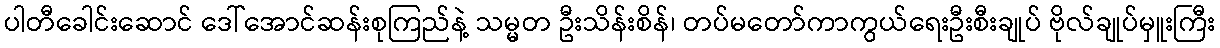
ပါတီခေါင်းဆောင် ဒေါ်အောင်ဆန်းစုကြည်နဲ့ သမ္မတ ဦးသိန်းစိန်၊ တပ်မတော်ကာကွယ်ရေးဦးစီးချုပ် ဗိုလ်ချုပ်မှူးကြီး